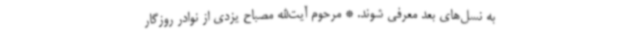
به نسل‌های بعد معرفی شوند. * مرحوم آیت‌الله مصباح یزدی از نوادر روزگار